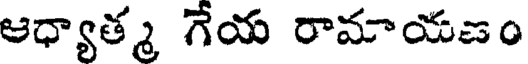
ఆధ్యాత్మ గేయ రామాయణం